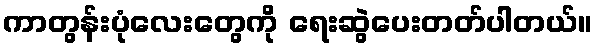
ကာတွန်းပုံလေးတွေကို ရေးဆွဲပေးတတ်ပါတယ်။